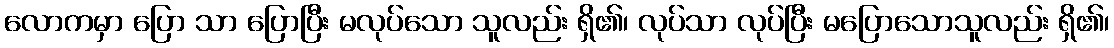
လောကမှာ ပြော သာ ပြောပြီး မလုပ်သော သူလည်း ရှိ၏၊ လုပ်သာ လုပ်ပြီး မပြောသောသူလည်း ရှိ၏၊